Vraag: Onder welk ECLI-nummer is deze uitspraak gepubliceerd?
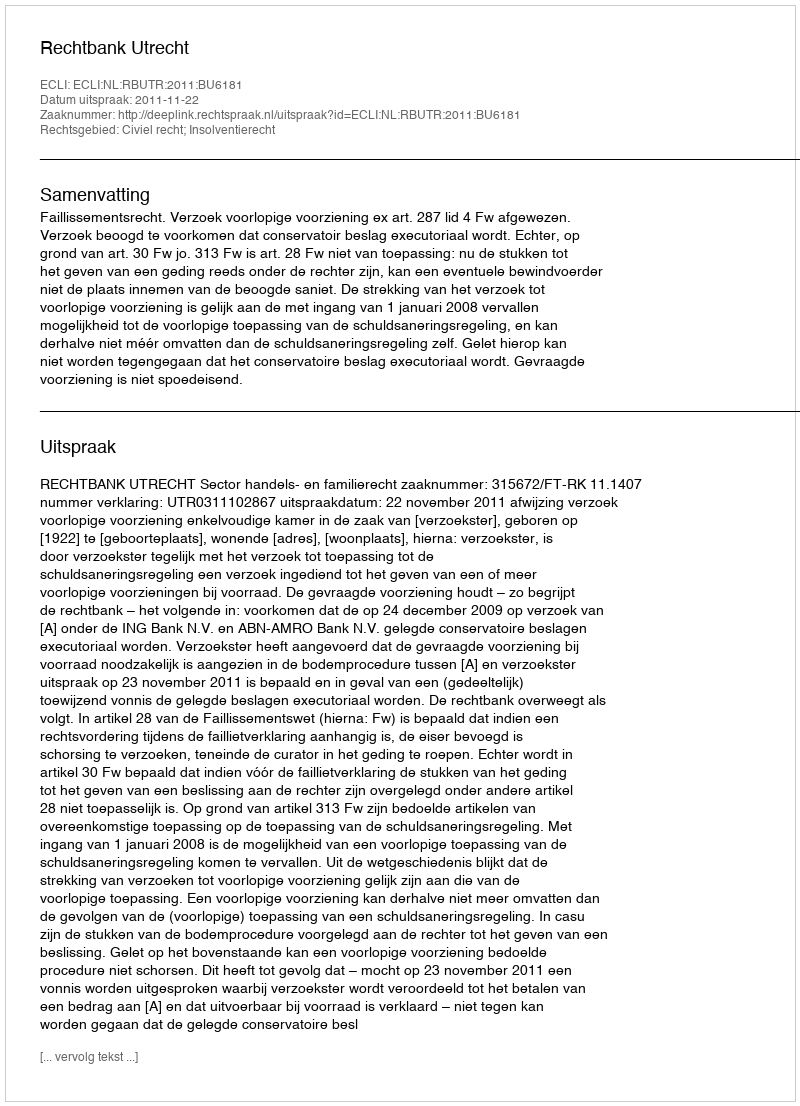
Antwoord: ECLI:NL:RBUTR:2011:BU6181